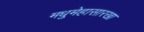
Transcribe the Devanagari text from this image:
मधुमेहासारखा